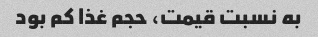
به نسبت قیمت، حجم غذا کم بود